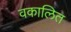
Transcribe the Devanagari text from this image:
वकालित